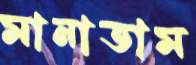
মানাতাম